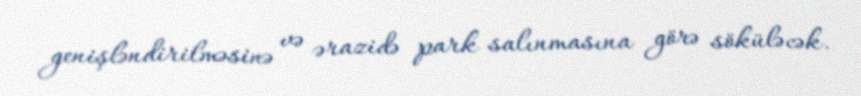
genişləndirilməsinə və ərazidə park salınmasına görə söküləcək.